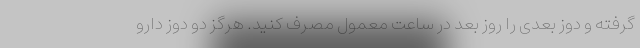
گرفته و دوز بعدی را روز بعد در ساعت معمول مصرف کنید. هرگز دو دوز دارو